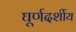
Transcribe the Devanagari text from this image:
घूर्णदर्शीय